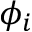
\phi _ { i }